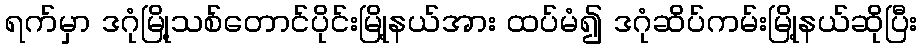
ရက်မှာ ဒဂုံမြို့သစ်တောင်ပိုင်းမြို့နယ်အား ထပ်မံ၍ ဒဂုံဆိပ်ကမ်းမြို့နယ်ဆိုပြီး